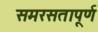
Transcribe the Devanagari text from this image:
समरसतापूर्ण